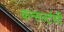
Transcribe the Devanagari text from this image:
कन्सल्टंसी